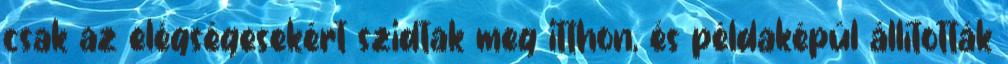
csak az elégségesekért szidtak meg itthon, és példaképül állították